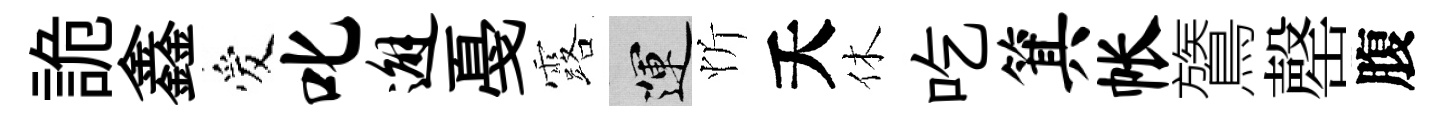
詭鑫爱叱邂戞露運忻夭休吃箕帐鷟罄腹